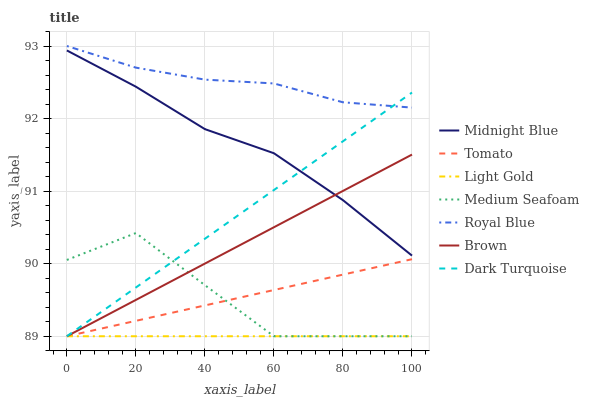
| xaxis_label | Midnight Blue | Tomato | Light Gold | Medium Seafoam | Royal Blue | Brown | Dark Turquoise |
 | --- | --- | --- | --- | --- | --- | --- | --- |
 | 0 | 92.9 | 89 | 89 | 90.1 | 93 | 89 | 89 |
 | 20 | 92.4 | 89.2 | 89 | 90.4 | 92.7 | 89.5 | 89.7 |
 | 40 | 91.9 | 89.4 | 89 | 89.7 | 92.5 | 90 | 90.3 |
 | 60 | 91.5 | 89.6 | 89 | 89 | 92.5 | 90.5 | 91 |
 | 80 | 90.9 | 89.8 | 89 | 89 | 92.2 | 91 | 91.7 |
 | 100 | 90.1 | 90.1 | 89 | 89 | 92.2 | 91.5 | 92.4 |